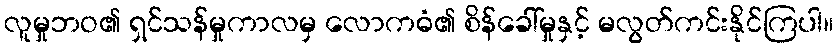
လူမှုဘဝ၏ ရှင်သန်မှုကာလမှ လောကဓံ၏ စိန်ခေါ်မှုနှင့် မလွတ်ကင်းနိုင်ကြပါ။